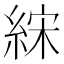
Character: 𰫧